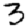
Digit: 3